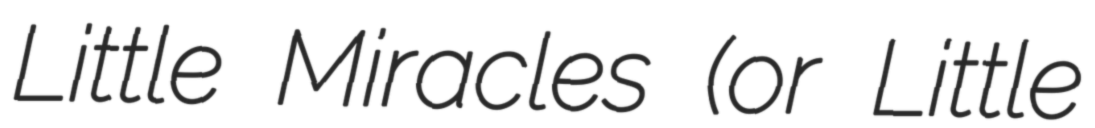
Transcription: Little Miracles (or Little